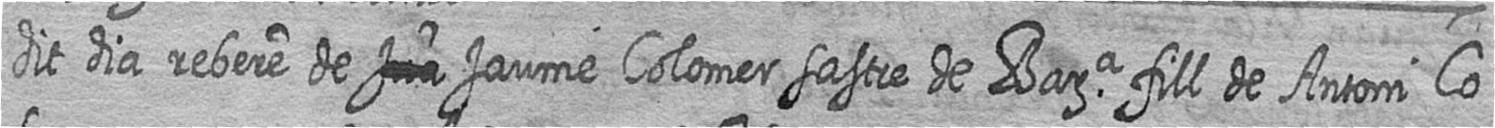
dit dia rebere de # Jaume Colomer sastre de Bara fill de Antoni Co